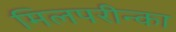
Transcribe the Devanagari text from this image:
मिलपरीन्का